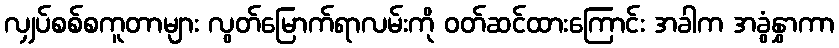
လျှပ်စစ်စကူတာများ လွတ်မြောက်ရာလမ်းကို ၀တ်ဆင်ထားကြောင်း အခါက အခွံနွှာကာ